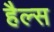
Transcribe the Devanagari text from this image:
हैल्स